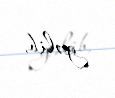
gəlib.